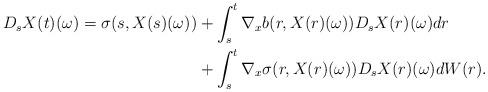
LaTeX: \begin{align*}D_s X(t)(\omega) = \sigma(s, X(s)(\omega)) &+\int_s^t \nabla_x b(r, X(r)(\omega)) D_s X(r)(\omega) dr\\& + \int_s^t \nabla_x \sigma(r, X(r)(\omega)) D_s X(r)(\omega) dW(r).\end{align*}